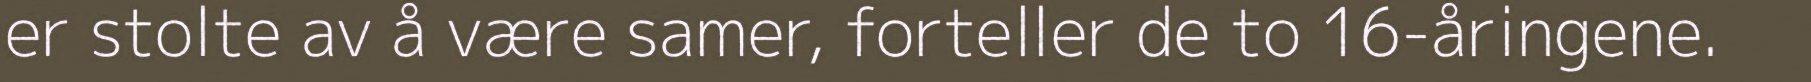
er stolte av å være samer, forteller de to 16-åringene.